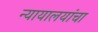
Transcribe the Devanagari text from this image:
न्यायालयांचा